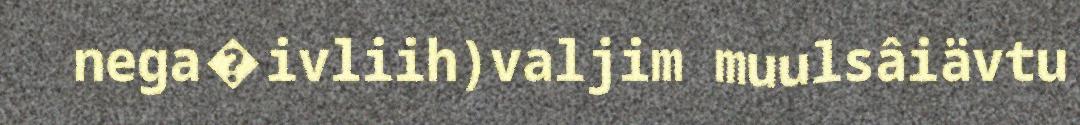
nega�ivliih)valjim muulsâiävtu